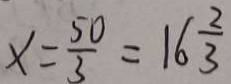
x = \frac { 5 0 } { 3 } = 1 6 \frac { 2 } { 3 }